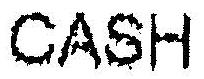
CASH